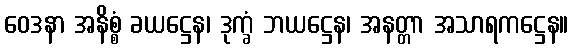
ဝေဒနာ အနိစ္စံ ခယဋ္ဌေန၊ ဒုက္ခံ ဘယဋ္ဌေန၊ အနတ္တာ အသာရကဋ္ဌေန။